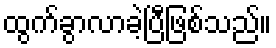
ထွက်ခွာလာခဲ့ပြီဖြစ်သည်။